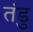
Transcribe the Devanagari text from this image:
तंडु